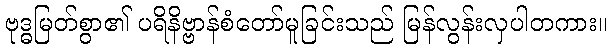
ဗုဒ္ဓမြတ်စွာ၏ ပရိနိဗ္ဗာန်စံတော်မူခြင်းသည် မြန်လွန်းလှပါတကား။